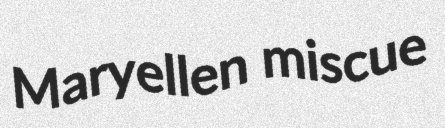
Maryellen miscue